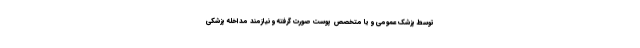
توسط پزشک عمومی و یا متخصص پوست صورت گرفته و نیازمند مداخله پزشکی